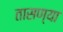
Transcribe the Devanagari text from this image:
तासण्या